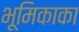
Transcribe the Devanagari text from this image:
भूमिकाका